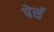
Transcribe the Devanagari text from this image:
पेर्स